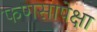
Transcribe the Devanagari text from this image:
फणसापेक्षा